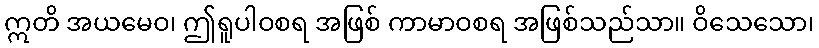
ဣတိ အယမေဝ၊ ဤရူပါဝစရ အဖြစ် ကာမာဝစရ အဖြစ်သည်သာ။ ဝိသေသော၊